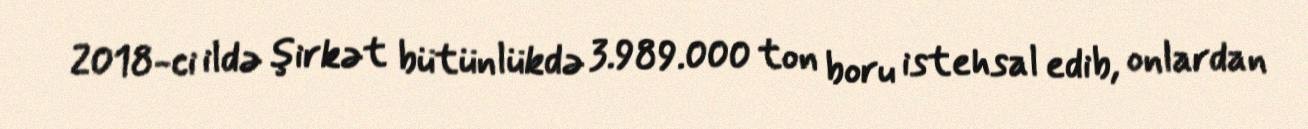
2018-ci ildə şirkət bütünlükdə 3.989.000 ton boru istehsal edib, onlardan